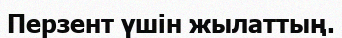
Перзент үшін жылаттың.